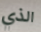
الذي